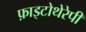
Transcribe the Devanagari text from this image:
फ़ाइटोथेरेपी